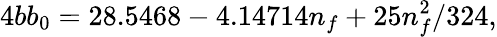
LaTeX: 4bb_{0}=28.5468-4.14714n_{f}+25n_{f}^{2}/324,